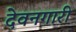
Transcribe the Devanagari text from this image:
देवनगारी